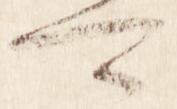
可